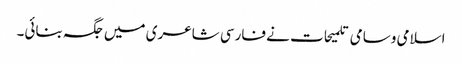
اسلامی وسامی تلمیحات نے فارسی شاعری میں جگہ بنائی۔